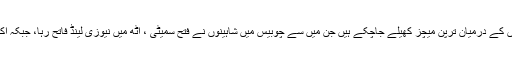
اب تک دونوں ٹیموں کے درمیان ترپن میچز کھیلے جاچکے ہیں جن میں سے چوبیس میں شاہینوں نے فتح سمیٹی ، آٹھ میں نیوزی لینڈ فاتح رہا، جبکہ اکیس میچز ڈرا رہے۔